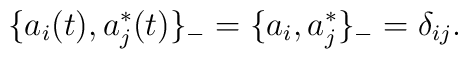
\{a_i(t),a_j^*(t)\}_-=\{a_i,a_j^*\}_-=\delta_{ij}.